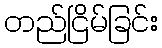
တည်ငြိမ်ခြင်း